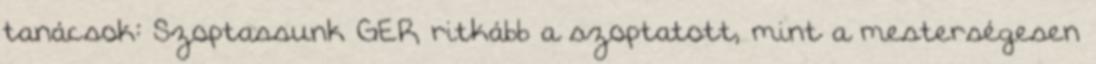
tanácsok: Szoptassunk GER ritkább a szoptatott, mint a mesterségesen